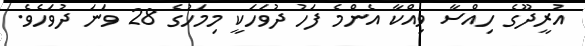
އުރީދޫގެ ހިއްސާ ވިއްކާ އެންމެ ފަހު ދުވަހަކީ މިމަހުގެ 28 ވަނަ ދުވަހެވެ.